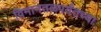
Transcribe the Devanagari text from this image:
विमानतळपर्यंतच्या